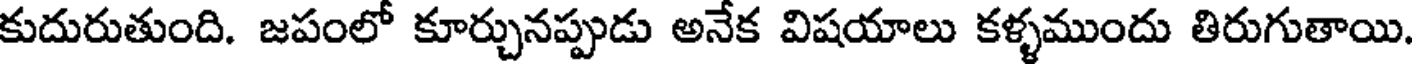
కుదురుతుంది. జపంలో కూర్చునప్పుడు అనేక విషయాలు కళ్ళముందు తిరుగుతాయి